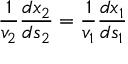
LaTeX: { \frac { 1 } { v _ { 2 } } } { \frac { d x _ { 2 } } { d s _ { 2 } } } = { \frac { 1 } { v _ { 1 } } } { \frac { d x _ { 1 } } { d s _ { 1 } } }